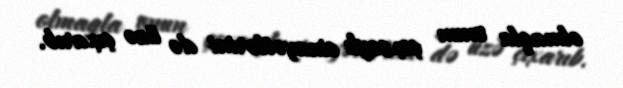
olmaqla onun çoxsaylı cinayətlərini də üzə çıxarıb.